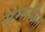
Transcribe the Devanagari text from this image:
सम्मजित